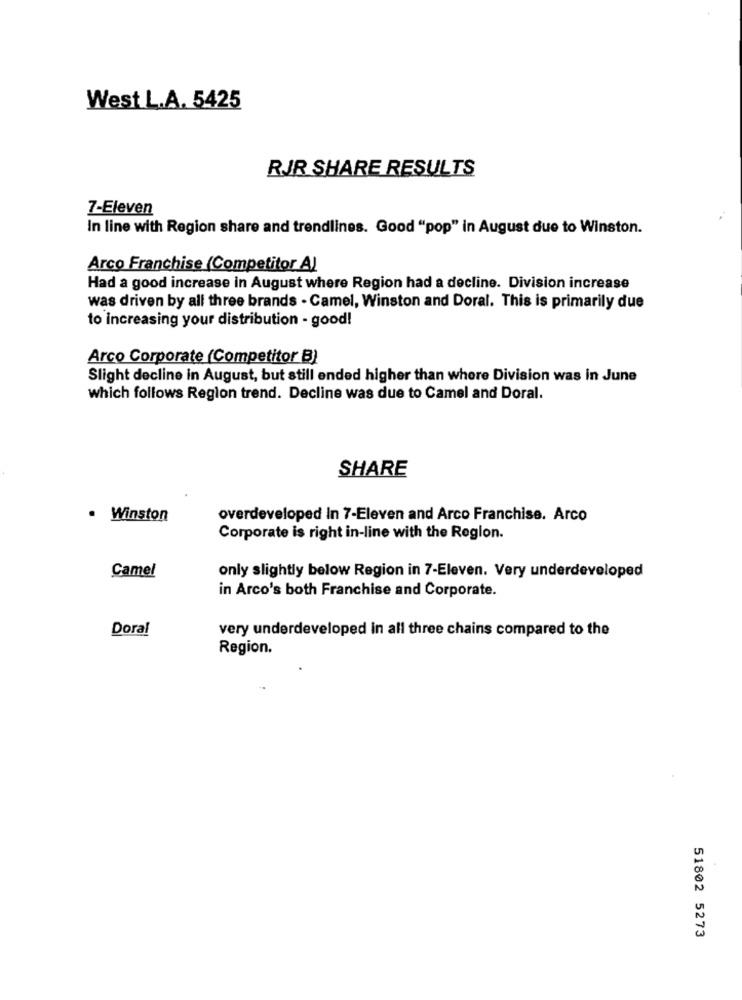
West L.A. 5425
RJR SHARE RESULTS
7-Eleven
In line with Region share and trendlines. Good "pop" in August due to Winston.
Arco Franchise (Competitor A)
Had a good increase in August where Region had a decline. Division increase
was driven by all three brands . Camel, Winston and Doral. This is primarily due
to increasing your distribution - good!
Arco Corporate (Competitor B)
Slight decline in August, but still ended higher than where Division was in June
which follows Region trend. Decline was due to Camel and Doral.
SHARE
. Winston
overdeveloped In 7-Eleven and Arco Franchise. Arco
Corporate is right in-line with the Region.
Camel
only slightly below Region in 7-Eleven. Very underdeveloped
in Arco's both Franchise and Corporate.
Doral
very underdeveloped in all three chains compared to the
Region.
51802 5273